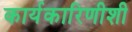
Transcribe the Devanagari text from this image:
कार्यकारिणीशी